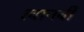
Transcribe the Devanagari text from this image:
त्वानबी